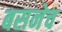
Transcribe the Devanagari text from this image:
बसनेच